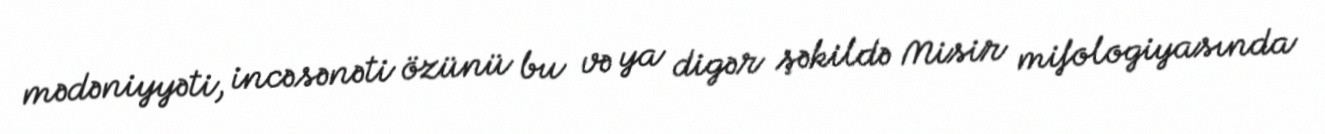
mədəniyyəti, incəsənəti özünü bu və ya digər şəkildə Misir mifologiyasında